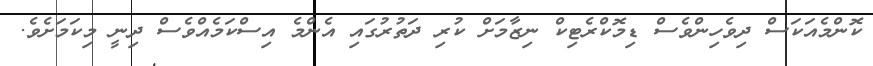
ކޮންމެއަކަސް ދިވެހިންވެސް ޑިމޮކްރެޓިކް ނިޒާމަށް ކުރި ދަތުރުގައި އެންމެ އިސްކަމެއްވެސް ދިނީ މިކަމަށެވެ.